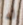
له